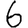
Digit: 6